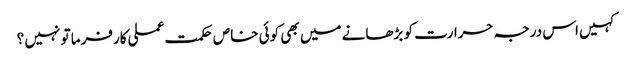
کہیں اس درجہ حرارت کو بڑھانے میں بھی کوئی خاص حکمت عملی کارفرما تو نہیں ؟